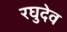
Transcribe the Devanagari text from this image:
रघुदेव